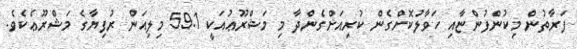
ފަރާތުން މިކުންފުންޏާއި ހަވާލުކޮށްގެން ކުރިއަށްގެންދާ މި މަޝްރޫޢުއަކީ 59.1 މިލިއަން ރުފިޔާގެ މަޝްރޫޢެކެވެ.